Annual report on the working of the lock hospitals in the Central Provinces
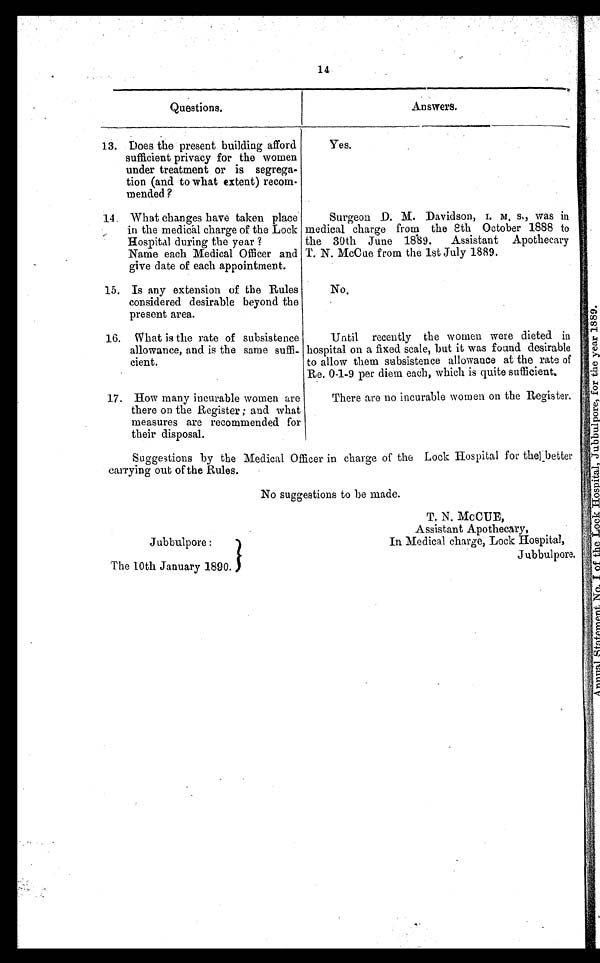
14
Questions.
Answers.
13. Does the present building afford
sufficient privacy for the women
under treatment or is segrega-
tion (and to what extent) reco
m - m e n d e d ?
Yes.
14. What changes have taken place
in the medical charge of the Lock
Hospital during the year ?
Name each Medical Officer and
give date of each appointment.
Surgeon D. M. Davidson, I. M. S., was in
medical charge from the 8th October 1888 to
the 30th June 1889. Assistant Apothecary
T. N. McCue from the 1st July 1889.
15. Is any extension of the Rules
considered desirable beyond the
present area.
No.
16. What is the rate of subsistence
allowance, and is the same suffi-
cient.
Until recently the women were dieted in
hospital on a fixed scale, but it was found desirable
to allow them subsistence allowance at the rate of
Re. 0-1-9 per diem each, which is quite sufficient.
17. How many incurable women are
there on the Register ; and what
measures are recommended for
their disposal.
There are no incurable women on the Register.
Suggestions by the Medical Officer in charge of the Lock Hospital for the better
carrying out of the Rules.
No suggestions to be made.
Jubbulpore:
In Medical charge, Lock Hospital,
The 10th January 1890.
Jubbulpore.
T. N. McCUE,
Assistant Apothecary,